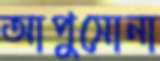
আপুসোনা